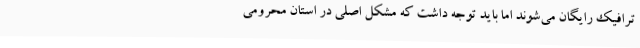
ترافیک رایگان می‌شوند اما باید توجه داشت که مشکل اصلی در استان محرومی